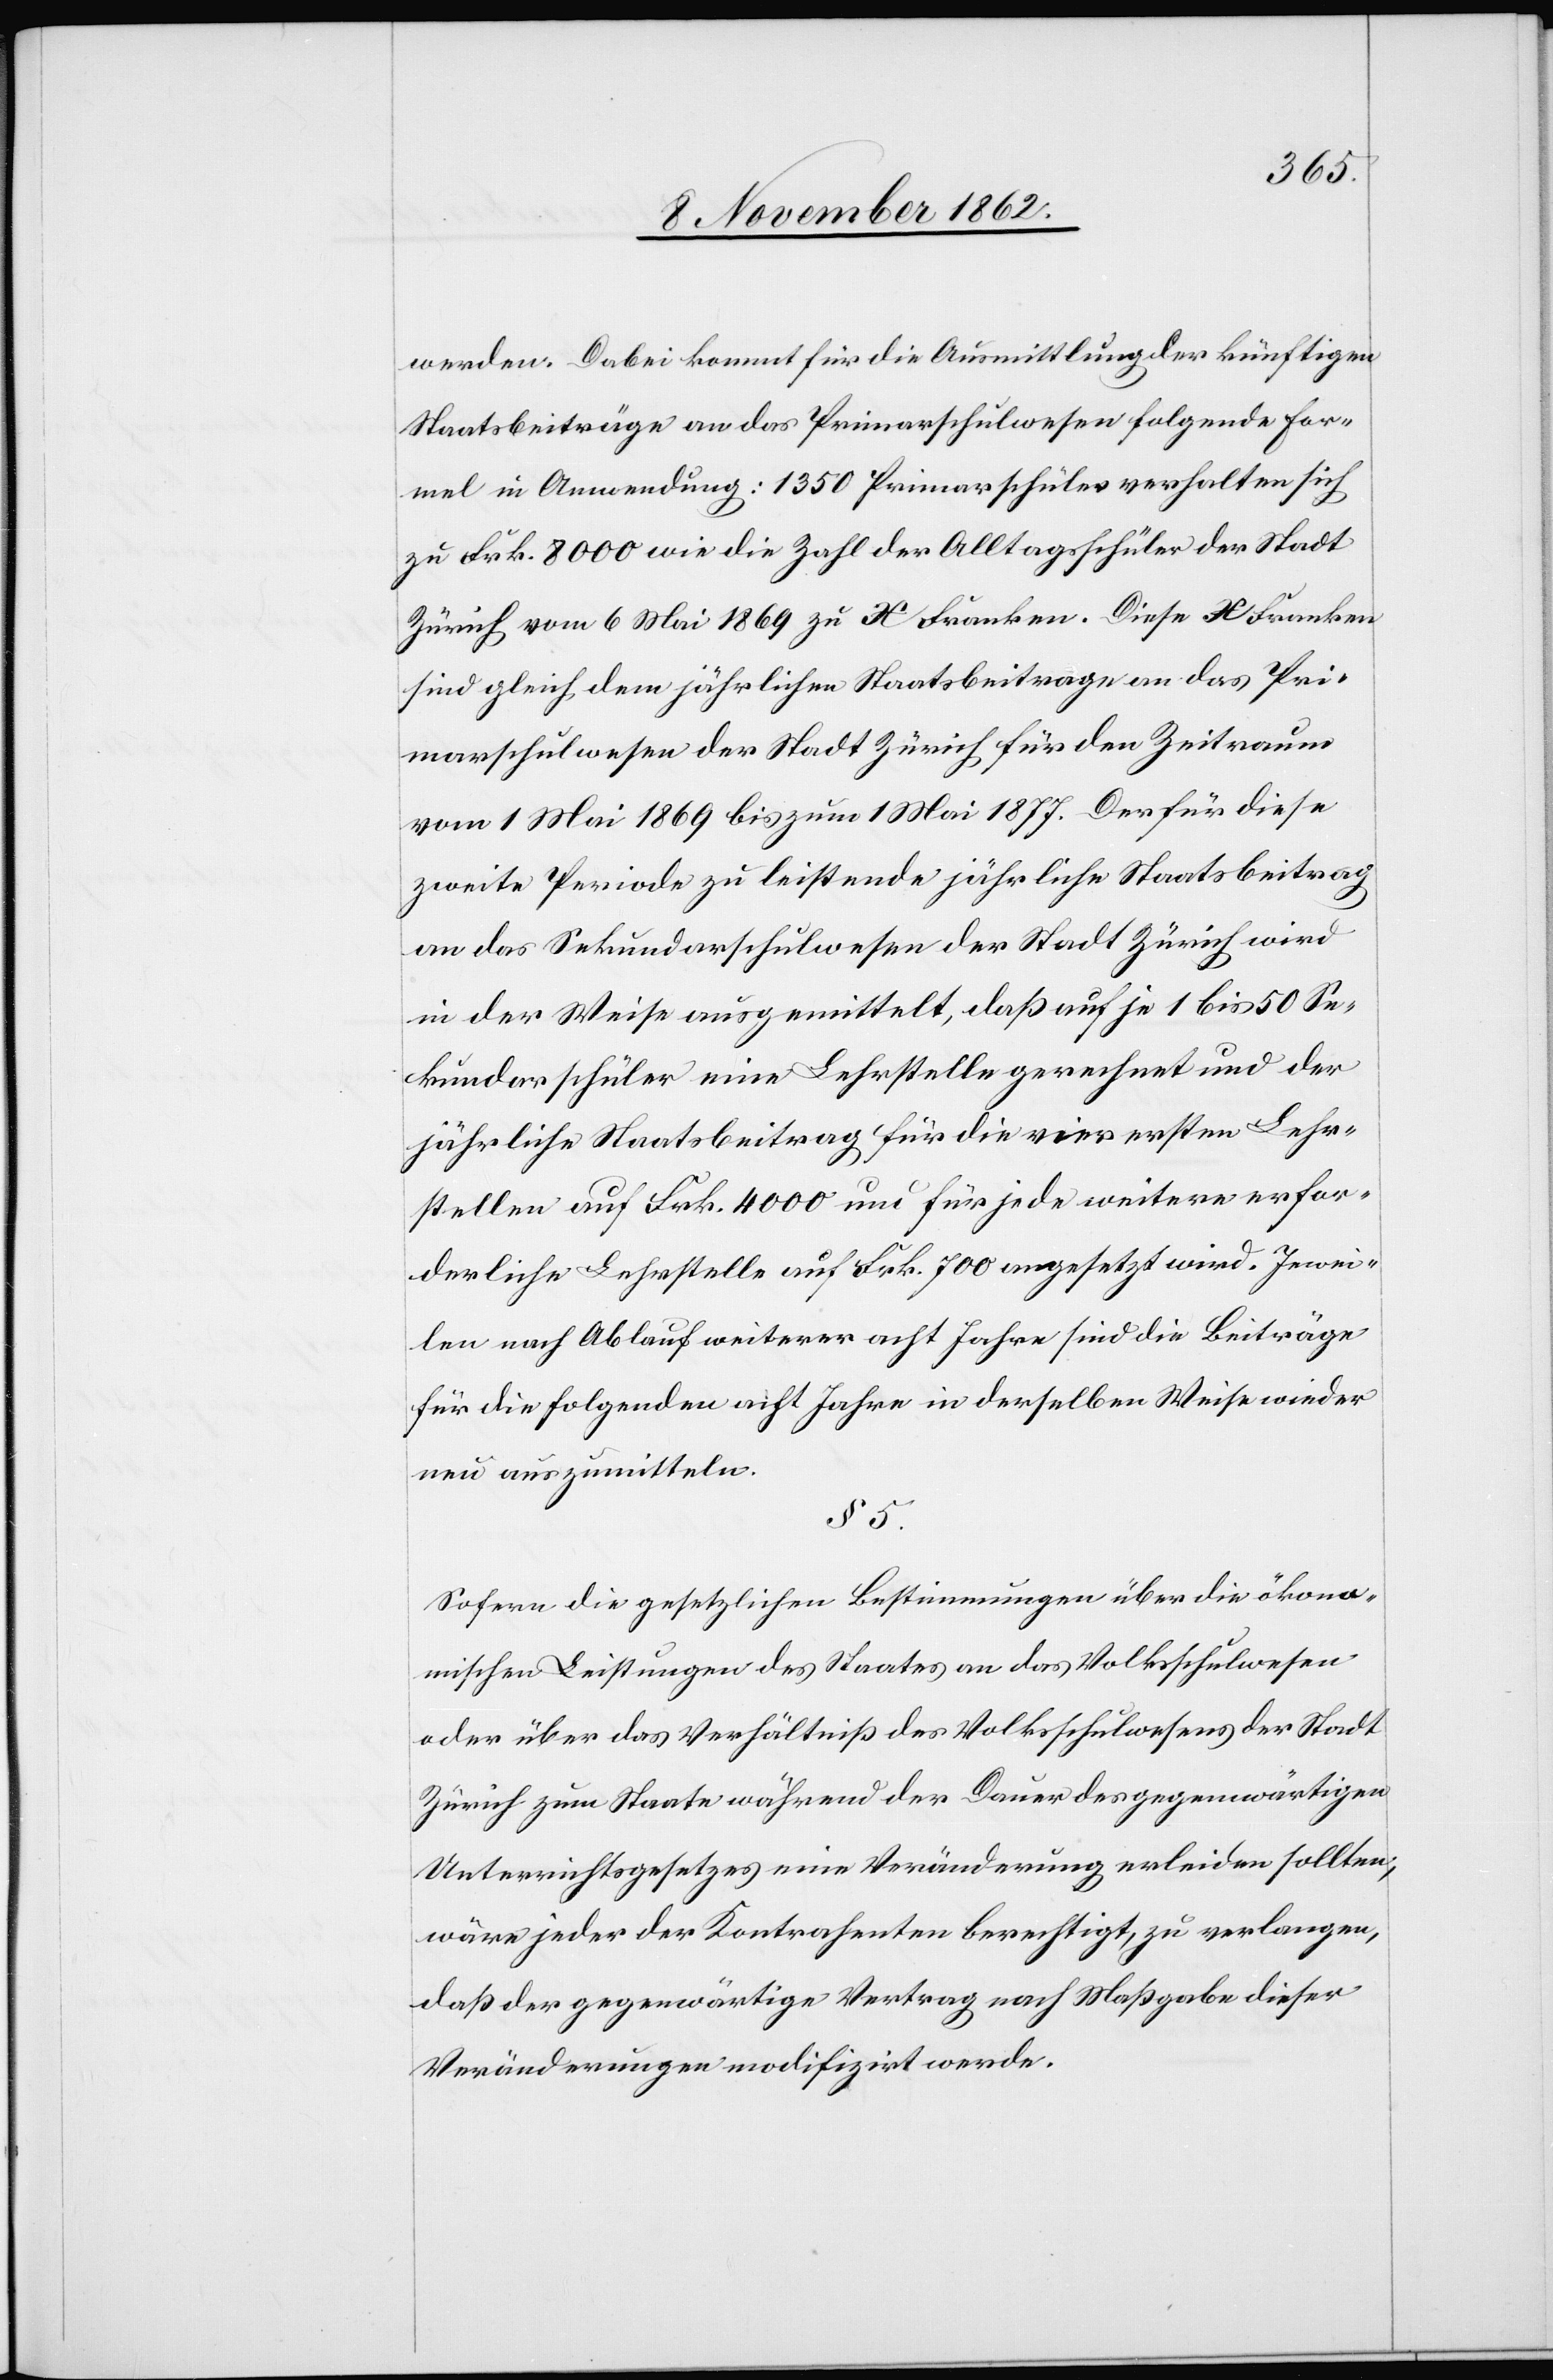
werden. Dabei kommt für die Ausmittlung der künftigen
Staatsbeiträge an das Primarschulwesen folgende For¬
mel in Anwendung: 1350 Primarschüler verhalten sich
zu Frk. 8000 wie die Zahl der Alltagsschüler der Stadt
Zürich vom 6. Mai 1869 zu X Franken. Diese X Franken
sind gleich dem jährlichen Staatsbeitrage an das Pri¬
marschulwesen der Stadt Zürich für den Zeitraum
vom 1. Mai 1869 bis zum 1. Mai 1877. Der für diese
zweite Periode zu leistende jährliche Staatsbeitrag
an das Sekundarschulwesen der Stadt Zürich wird
in der Weise ausgemittelt, daß auf jede 1 bis 50 Se¬
kundarschüler eine Lehrstelle gerechnet und der
jährliche Staatsbeitrag für die vier ersten Lehr¬
stellen auf Frk. 4000 und für jede weitere erfor¬
derliche Lehrstelle auf Frk. 700 angesetzt wird. Jewei¬
len nach Ablauf weiterer acht Jahre sind die Beiträge
für die folgenden acht Jahre in derselben Weise wieder
neu auszumitteln.
§ 5.
Sofern die gesetzlichen Bestimmungen über die ökono¬
mischen Leistungen des Staates an das Volksschulwesen
oder über das Verhältniß des Volksschulwesens der Stadt
Zürich zum Staate während der Dauer des gegenwärtigen
Unterrichtsgesetzes eine Veränderung erleiden sollten;
wäre jeder der Kontrahenten berechtigt, zu verlangen,
daß der gegenwärtige Vertrag nach Maßgabe dieser
Veränderungen modifizirt werde.